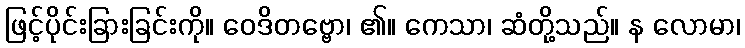
ဖြင့်ပိုင်းခြားခြင်းကို။ ဝေဒိတဗ္ဗော၊ ၏။ ကေသာ၊ ဆံတို့သည်။ န လောမာ၊